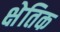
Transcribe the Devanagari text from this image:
क्षेतिक